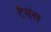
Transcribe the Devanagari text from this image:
टैमंस